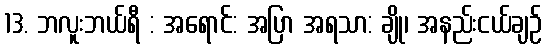
13. ဘလူးဘယ်ရီ : အရောင်: အပြာ အရသာ: ချို၊ အနည်းငယ်ချဉ်